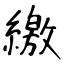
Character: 繳